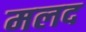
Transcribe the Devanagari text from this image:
मलद